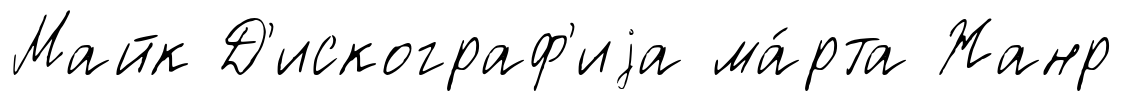
Майк Д'искограф'иjа ма́рта Жанр